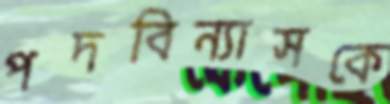
পদবিন্যাসকে